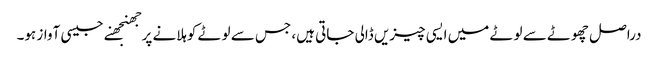
دراصل چھوٹے سے لوٹے میں ایسی چیزیں ڈالی جاتی ہیں، جس سے لوٹے کوہلانے پرجھنجھنے جیسی آواز ہو۔